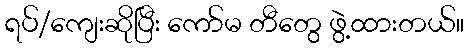
ရပ်/ကျေးဆိုပြီး ကော်မ တီတွေ ဖွဲ့ထားတယ်။